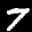
Label: 7